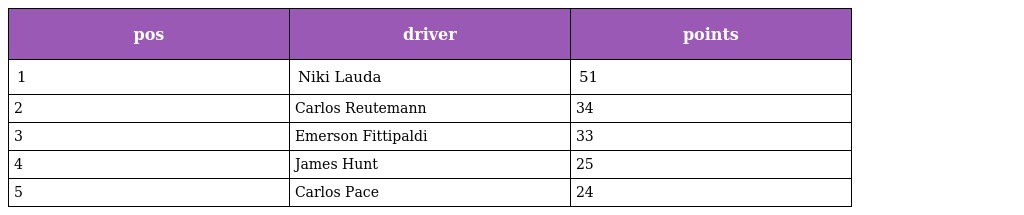
| pos | driver | points |
 | --- | --- | --- |
 | 1 | Niki Lauda | 51 |
 | 2 | Carlos Reutemann | 34 |
 | 3 | Emerson Fittipaldi | 33 |
 | 4 | James Hunt | 25 |
 | 5 | Carlos Pace | 24 |